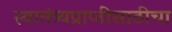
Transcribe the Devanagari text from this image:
स्वातंत्र्यप्राप्तीसाठीचा